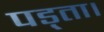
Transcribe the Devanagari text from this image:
पड़्ता।